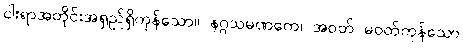
ငါးရာအတိုင်းအရှည်ရှိကုန်သော။ နဂ္ဂသမဏကေ၊ အဝတ် မဝတ်ကုန်သော